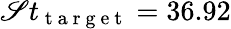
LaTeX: \mathscr{S}t_{\mathrm{{~t~a~r~g~e~t~}}}=36.92